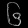
Digit: ၆